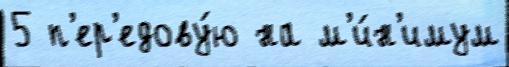
5 п'ер'едову́ю на м'и́н'имум